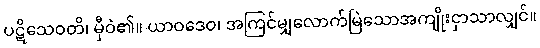
ပဋိသေဝတိ၊ မှီဝဲ၏။ ယာဝဒေဝ၊ အကြင်မျှလောက်မြဲသောအကျိုးငှာသာလျှင်။